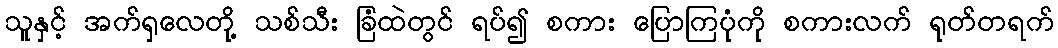
သူနှင့် အက်ရှလေတို့ သစ်သီး ခြံထဲတွင် ရပ်၍ စကား ပြောကြပုံကို စကားလက် ရုတ်တရက်